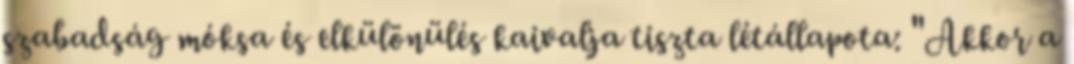
szabadság móksa és elkülönülés kaivalja tiszta létállapota: "Akkor a